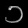
Digit: ၁